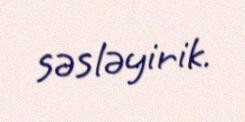
səsləyirik.